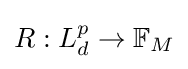
R:L_{d}^{p}\rightarrow \mathbb {F} _{M}